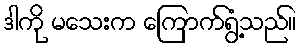
ဒါကို မသေးက ကြောက်ရွံ့သည်။